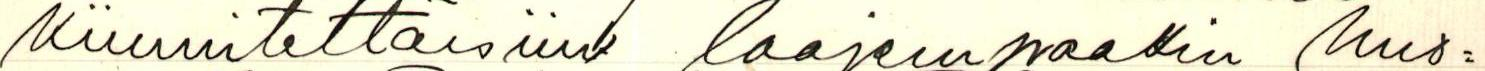
kiinnitettäisiin laajempaakin huo=